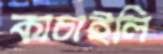
কাচাইলি